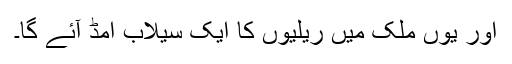
اور یوں ملک میں ریلیوں کا ایک سیلاب امڈ آئے گا۔